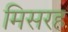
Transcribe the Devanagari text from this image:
मिसरह